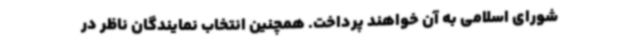
شورای اسلامی به آن خواهند پرداخت. همچنین انتخاب نمایندگان ناظر در